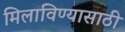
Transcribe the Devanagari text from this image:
मिलाविण्यासाठी